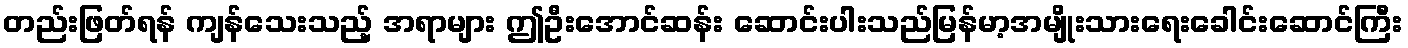
တည်းဖြတ်ရန် ကျန်သေးသည့် အရာများ ဤဦးအောင်ဆန်း ဆောင်းပါးသည်မြန်မာ့အမျိုးသားရေးခေါင်းဆောင်ကြီး